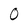
Character: 0